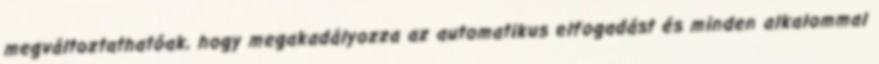
megváltoztathatóak, hogy megakadályozza az automatikus elfogadást és minden alkalommal